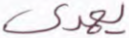
يهدى